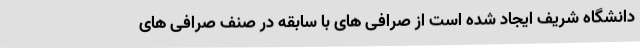
دانشگاه شریف ایجاد شده است از صرافی های با سابقه در صنف صرافی های